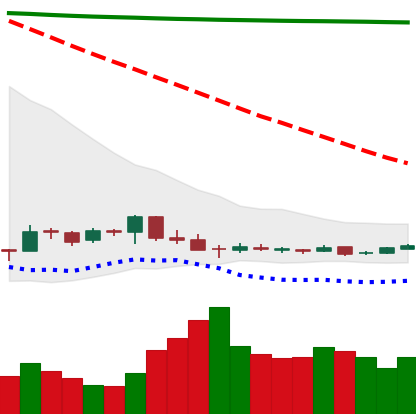
Ticker: DOGE-USD
Chart end date: 2018-12-16
Forward return: 19.765%
Label: up_7plus